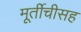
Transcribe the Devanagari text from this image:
मूर्तीचीसह